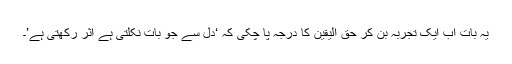
یہ بات اب ایک تجربہ بن کر حق الیقین کا درجہ پا چکی کہ ‘دل سے جو بات نکلتی ہے اثر رکھتی ہے’۔